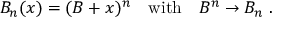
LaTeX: B _ { n } ( x ) = ( B + x ) ^ { n } \quad \mathrm { w i t h } \quad B ^ { n } \rightarrow B _ { n } \ .